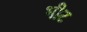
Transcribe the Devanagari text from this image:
भीट